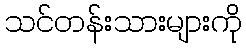
သင်တန်းသားများကို